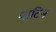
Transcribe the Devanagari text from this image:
माटिन